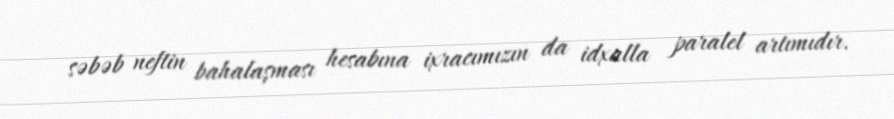
səbəb neftin bahalaşması hesabına ixracımızın da idxalla paralel artımıdır.